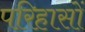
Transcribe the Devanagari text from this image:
परिहासों